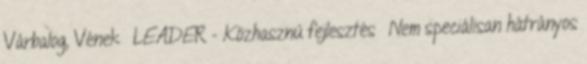
Várbalog, Vének ▪LEADER - Közhasznú fejlesztés ▪Nem speciálisan hátrányos